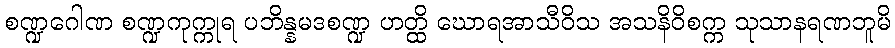
စဏ္ဍဂေါဏ စဏ္ဍကုက္ကုရ ပဘိန္နမဒစဏ္ဍ ဟတ္ထိ ဃောရအာသီဝိသ အသနိဝိစက္က သုသာနရဏဘူမိ